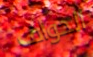
الحواف